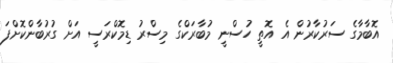
އޮބާމާގެ ސަރުކާރުން އެ އޮތީ ހުސްނީ މުބާރަކްގެ މިސްރު ޑިމޮކްރަސީ އަށް ގުރުބާންކޮށްފަ